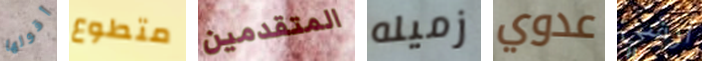
أقولها متطوع المتقدمين زميله عدوي ارشي